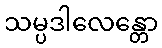
သမ္ပဒါလေန္တော